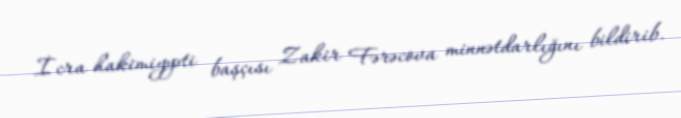
İcra hakimiyyəti başçısı Zakir Fərəcova minnətdarlığını bildirib.